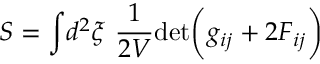
S = \int \! d ^ { 2 } \xi \ { \frac { 1 } { 2 V } } \mathrm { d e t } \biggl ( g _ { i j } + 2 F _ { i j } \biggr )